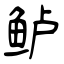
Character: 鲈